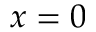
x = 0